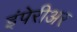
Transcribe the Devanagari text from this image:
इंपेरीअर